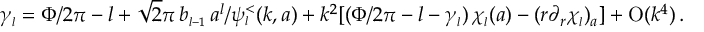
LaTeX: \gamma _ { \scriptscriptstyle { l } } = \Phi / 2 \pi - l + \sqrt 2 \pi \, b _ { \scriptscriptstyle { l - 1 } } \, a ^ { l } / \psi _ { \scriptscriptstyle { l } } ^ { < } ( k , a ) + k ^ { 2 } [ ( \Phi / 2 \pi - l - \gamma _ { \scriptscriptstyle { l } } ) \, \chi _ { \scriptscriptstyle { l } } ( a ) - ( r \partial _ { r } \chi _ { \scriptscriptstyle { l } } ) _ { a } ] + \mathrm { O } ( k ^ { 4 } ) \, .